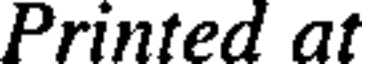
Printed at